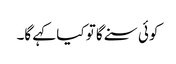
کوئی سنے گا تو کیا کہے گا۔